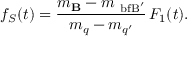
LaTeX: f _ { S } ( t ) = \frac { m _ { \mathrm { \bf B } } - m _ { \mathrm { \ b f B } ^ { \prime } } } { m _ { q } - m _ { q ^ { \prime } } } \, F _ { 1 } ( t ) .